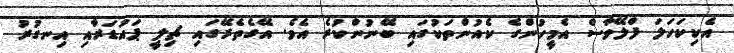
އެކިކަހަލަ ފްލޭވާސް އެމީހުންގެ ކެއުންތަކުގައި ބޭނުންކުރެ އެވެ. އޭގެތެރޭގައި ޗިލީ ޕައުޑަރާއި އިނގުރު